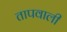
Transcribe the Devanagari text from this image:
तापवाली